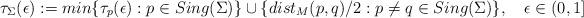
LaTeX: \begin{align*} \tau_{\Sigma}(\epsilon):=min \{\tau_p(\epsilon): p \in Sing(\Sigma) \}\cup \{dist_M(p, q)/2: p\neq q \in Sing(\Sigma)\}, \ \ \ \epsilon\in (0,1] \end{align*}